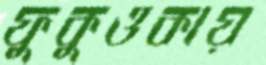
ফুকুওকায়